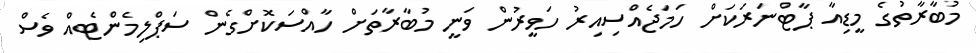
މުބާރާތުގެ މީޑިއާ ޕާޓްނަރަކަށް ހަމަޖެއްސިއިރު ހަވީރުން ވަނީ މުބާރާތަށް ހާއްސަކޮށްގެން ސަޕްލިމެންޓެއް ވެސް